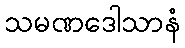
သမဏဒေါသာနံ